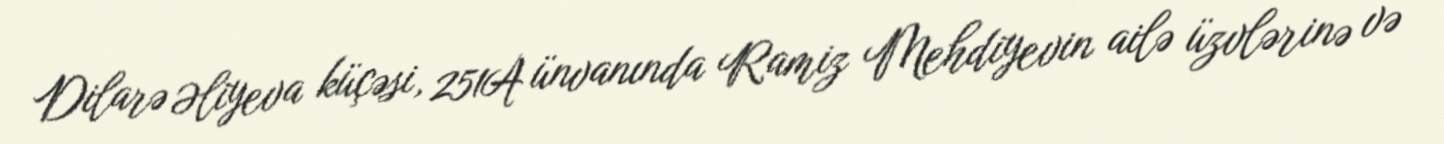
Dilarə Əliyeva küçəsi, 251A ünvanında Ramiz Mehdiyevin ailə üzvlərinə və